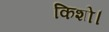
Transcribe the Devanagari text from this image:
किशो।